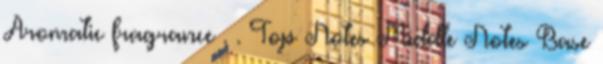
Aromatic fragrance . . Top Notes Middle Notes Base